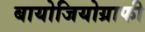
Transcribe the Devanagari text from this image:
बायोजियोग्राफी